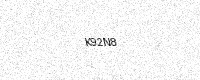
Text: K92N8